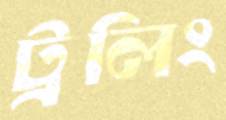
ট্রলিং